Malaria in India - Number 2
Disease focus: Malaria
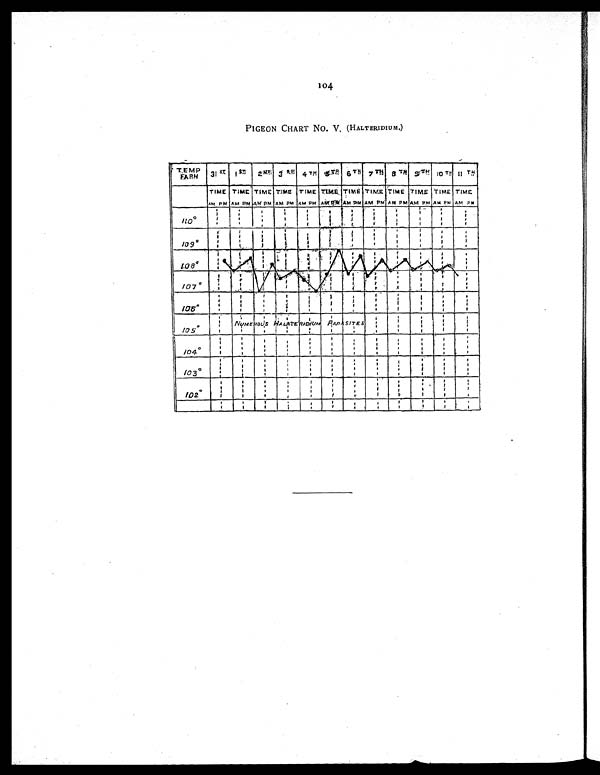
104
PIGEON CHART No. V. (HALTERIDIUM.)